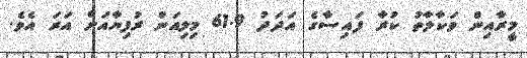
މީރާއިން ވަކާލާތު ކުރާ ފައިސާގެ އަދަދު 61.9 މިލިއަން ރުފިޔާއަށް އަރަ އެވެ.